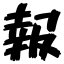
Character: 報